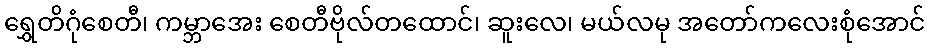
ရွှေတိဂုံစေတီ၊ ကမ္ဘာအေး စေတီဗိုလ်တထောင်၊ ဆူးလေ၊ မယ်လမု အတော်ကလေးစုံအောင်